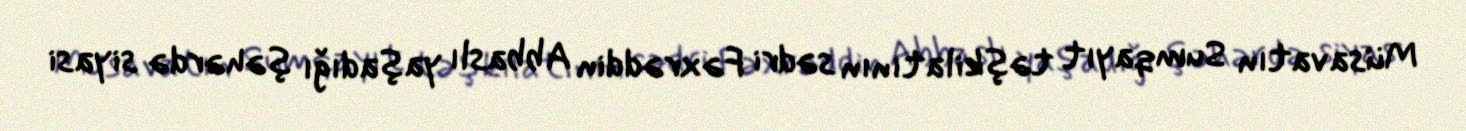
Müsavatın Sumqayıt təşkilatının sədri Fəxrəddin Abbaslı yaşadığı şəhərdə siyasi